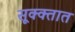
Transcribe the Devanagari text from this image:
सूक्क्तात